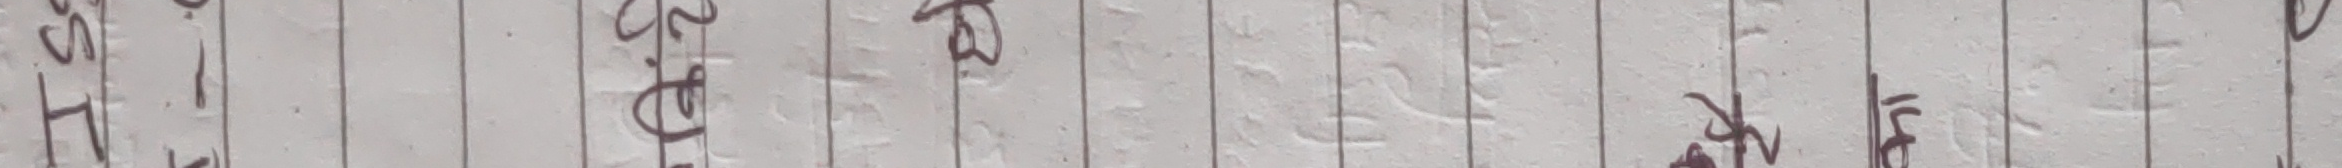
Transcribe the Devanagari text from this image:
डाहा से फिल समान भाय